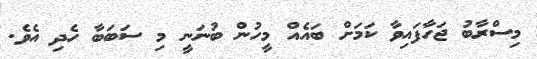
މިސްރާބު ޖަހާފައިވާ ކަމަށް ބައެއް މީހުން ބުނަނީ މި ސަބަބާ ހެދި އެވެ.